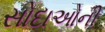
સોદાઓની